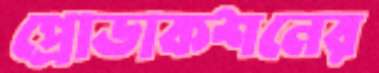
প্রোডাকশনের